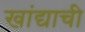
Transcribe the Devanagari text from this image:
खांद्याची